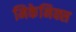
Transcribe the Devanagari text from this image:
मिकेनिक्स